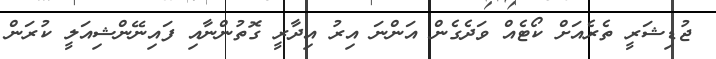
ޖުޑިޝަރީ ތެރެއަށް ކޯޓެއް ވަދެގެން އަންނަ އިރު އިދާރީ ގޮތުންނާއި ފައިނޭންޝިއަލީ ކުރަން